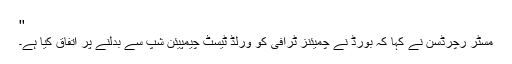
''
مسٹر رچرڈسن نے کہا کہ بورڈ نے چمیئنز ٹرافی کو ورلڈ ٹیسٹ چیمپیئن شپ سے بدلنے پر اتفاق کیا ہے۔